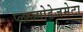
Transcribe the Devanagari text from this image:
प्लाज्मोडेजमेटा